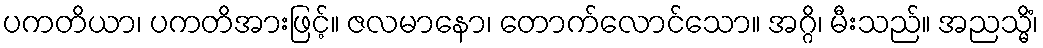
ပကတိယာ၊ ပကတိအားဖြင့်။ ဇလမာနော၊ တောက်လောင်သော။ အဂ္ဂိ၊ မီးသည်။ အညသ္မိံ၊